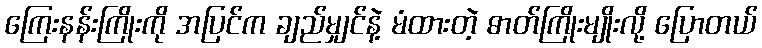
ကြေးနန်းကြိုးကို အပြင်က ချည်မျှင်နဲ့ မံထားတဲ့ ဓာတ်ကြိုးမျိုးလို့ ပြောတယ်